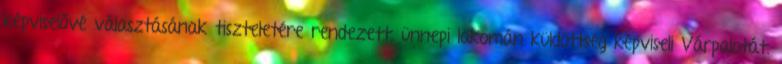
képviselővé választásának tiszteletére rendezett, ünnepi lakomán küldöttség képviseli Várpalotát.